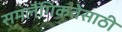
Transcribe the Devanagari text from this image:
समलैँगिकतेसाठी